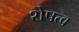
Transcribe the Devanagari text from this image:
शेषत्व